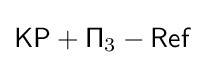
{\mathsf {KP+\Pi }}_{3}-{\mathsf {Ref}}